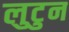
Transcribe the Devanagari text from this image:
लुटुन